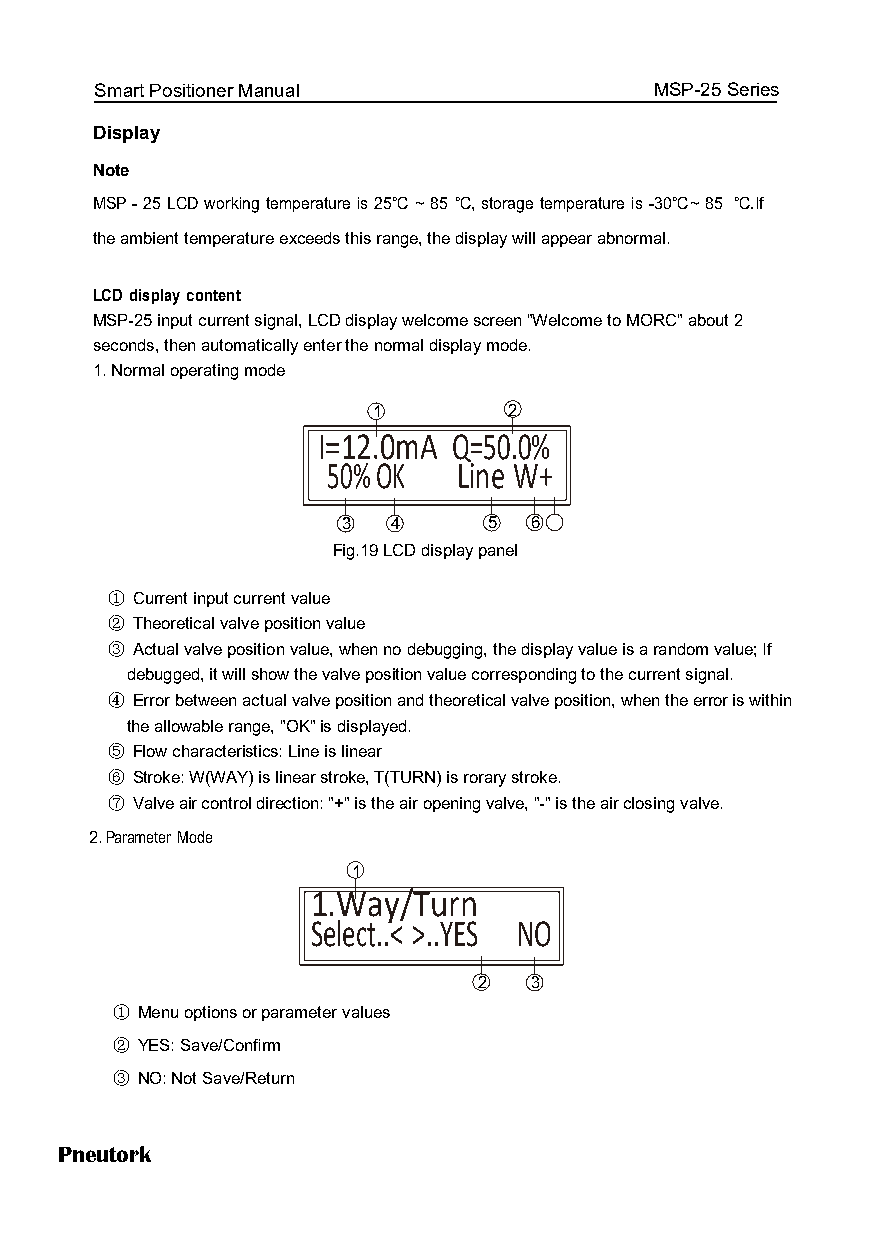
Smart Positioner Manual              MSP-25 Series
 Display
 Note
 MSP - 25 LCD working temperature is 25℃ ~ 85 ℃, storage temperature is -30℃ ~ 85 ℃. If
 the ambient temperature exceeds this range, the display will appear abnormal.
 LCD display content
 MSP-25 input current signal, LCD display welcome screen "Welcome to MORC" about 2
 seconds, then automatically enter the normal display mode.
 1. Normal operating mode
 1        2
 I=12.0mA Q=50.0%
 50% OK  Line W+
 3  4     5  6
 Fig.19 LCD display pa7n el
 ① Current input current value
 ② Theoretical valve position value
 ③ Actual valve position value, when no debugging, the display value is a random value; If
 debugged, it will show the valve position value corresponding to the current signal.
 ④ Error between actual valve position and theoretical valve position, when the error is within
 the allowable range, "OK" is displayed.
 ⑤ Flow characteristics: Line is linear
 ⑥ Stroke: W(WAY) is linear stroke, T(TURN) is rorary stroke.
 ⑦ Valve air control direction: "+" is the air opening valve, "-" is the air closing valve.
 2. Parameter Mode
 1
 1.Way/Turn
 Select..< >..YES NO
 2  3
 ① Menu options or parameter values
 ② YES: Save/Confirm
 ③ NO: Not Save/Return
 Pneutork